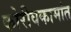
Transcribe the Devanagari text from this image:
कोरीवकामांत